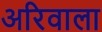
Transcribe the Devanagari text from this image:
अरिवाला